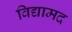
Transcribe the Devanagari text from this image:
विद्यामद